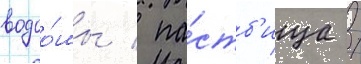
водоо́мы / па́стб'ища /